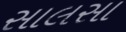
સાલસા